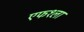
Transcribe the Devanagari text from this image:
एफ१ला